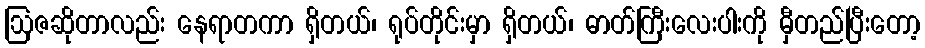
ဩဇဆိုတာလည်း နေရာတကာ ရှိတယ်၊ ရုပ်တိုင်းမှာ ရှိတယ်၊ ဓာတ်ကြီးလေးပါးကို မှီတည်ပြီးတော့